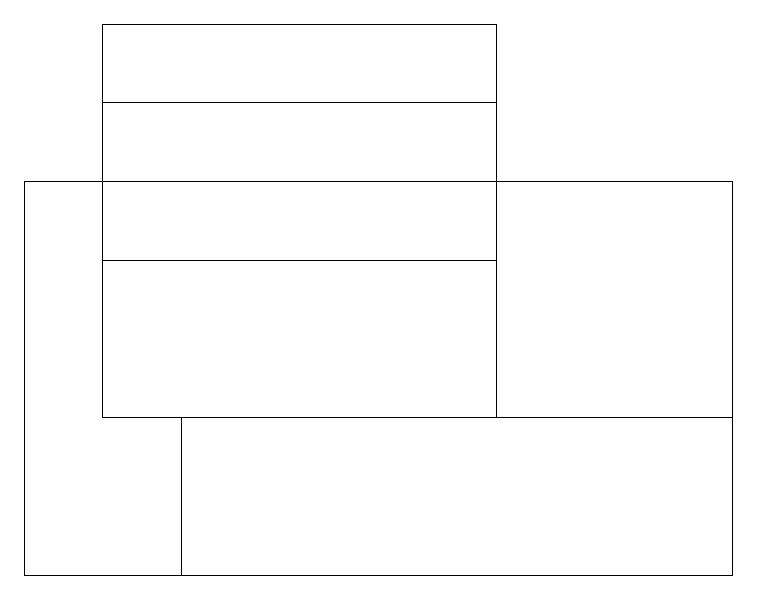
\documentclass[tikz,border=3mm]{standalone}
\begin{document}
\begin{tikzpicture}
\draw (9,17) rectangle (0,12);
\draw (1,14) rectangle (6,18);
\draw (2,14) rectangle (9,12);
\draw (6,16) rectangle (1,19);
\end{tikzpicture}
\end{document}